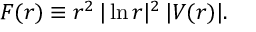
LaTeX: F ( r ) \equiv r ^ { 2 } \, | \ln r | ^ { 2 } \, | V ( r ) | .